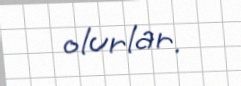
olurlar.